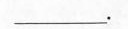
___.